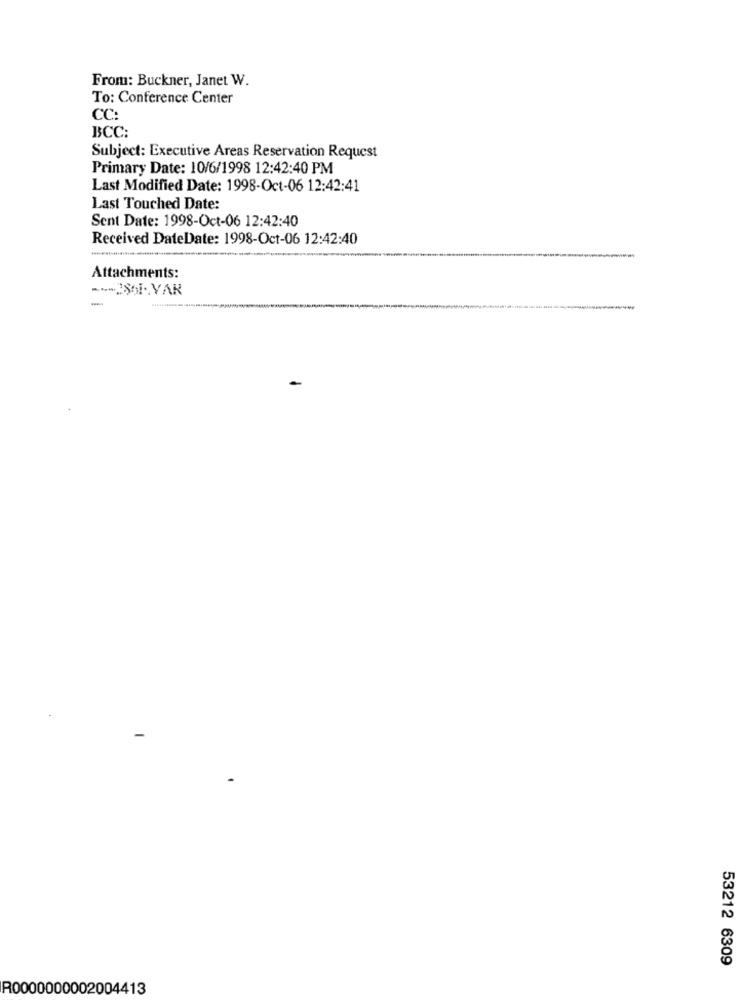
From: Buckner, Janet W.
To: Conference Center
CC:
BCC:
Subject: Executive Areas Reservation Request
Primary Date: 10/6/1998 12:42:40 PM
Last Modified Date: 1998-Oct-06 12:42:41
Last Touched Date:
Sent Date: 1998-Oct-06 12:42:40
Received DateDate: 1998-Oct-06 12:42:40
Attachments:
..... SOI. VAR
-
-
53212 6309
R0000000002004413